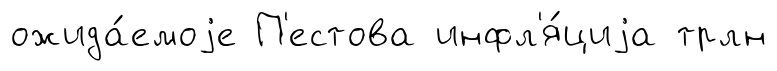
ожида́емоjе П'естова инфл'я́циjа трлн